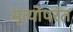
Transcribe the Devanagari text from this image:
मृत्योपरंत